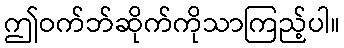
ဤဝက်ဘ်ဆိုက်ကိုသာကြည့်ပါ။